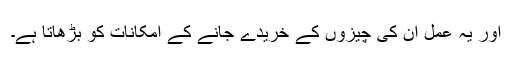
اور یہ عمل ان کی چیزوں کے خریدے جانے کے امکانات کو بڑھاتا ہے۔